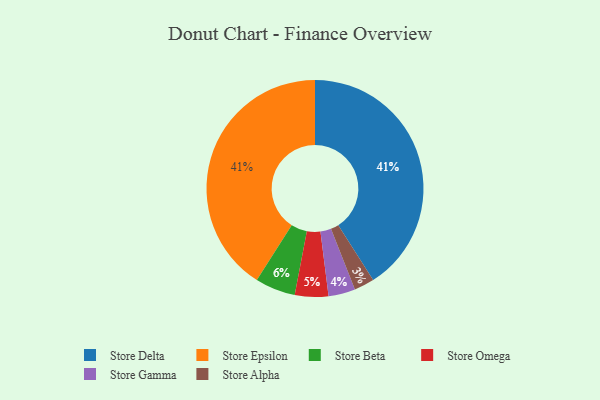
{"axis": {"x": "Category", "y": "Percentage"}, "legend": ["Store Alpha", "Store Beta", "Store Delta", "Store Epsilon", "Store Gamma", "Store Omega"], "data": [{"x": "Store Delta", "y": 41, "type": "Store Delta"}, {"x": "Store Epsilon", "y": 41, "type": "Store Epsilon"}, {"x": "Store Gamma", "y": 4, "type": "Store Gamma"}, {"x": "Store Beta", "y": 6, "type": "Store Beta"}, {"x": "Store Omega", "y": 5, "type": "Store Omega"}, {"x": "Store Alpha", "y": 3, "type": "Store Alpha"}]}